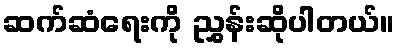
ဆက်ဆံရေးကို ညွှန်းဆိုပါတယ်။